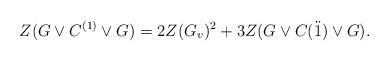
\begin{align*} Z(G\vee C^{(1)}\vee G)=2Z(G_v)^2+3Z(G\vee C(\ddot1) \vee G). \end{align*}